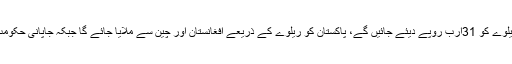
ترقیاتی بجٹ میں ریلوے کا حصہ بڑھایا جائے گا، آئندہ مالی سال میں ریلوے کو 31ارب روپے دیئے جائیں گے، پاکستان کو ریلوے کے ذریعے افغانستان اور چین سے ملایا جائے گا جبکہ جاپانی حکومت کی مدد سے کراچی سرکلر ریلوے منصوبے کا جلد آغاز کیا جائے گا۔